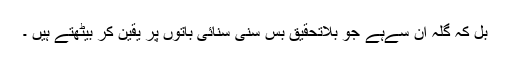
بل کہ گِلہ ان سےہے جو بِلاتحقیق بس سنی سنائی باتوں پر یقین کر بیٹھتے ہیں ۔